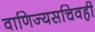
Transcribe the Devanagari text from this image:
वाणिज्यसचिवही